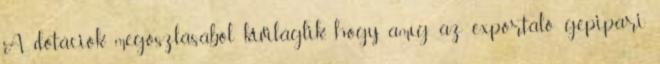
A dotációk megoszlásából kiviláglik, hogy amíg az exportáló gépipari